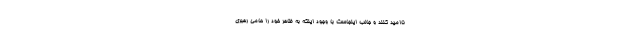
ناامید کنند و جالب اینجاست با وجود اینکه به ظاهر خود را حامی رهبری